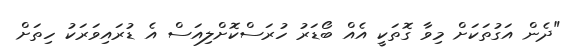
"ދެން އަގުތަކަށް މިވާ ގޮތަކީ އެއް ބޯޑަރު ހުރަސްކޮށްލިއަސް އެ ޑުރައިވަރަކު ހިތަށް